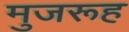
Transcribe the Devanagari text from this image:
मुजरूह